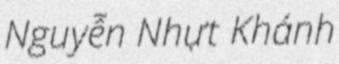
Nguyễn Nhựt Khánh